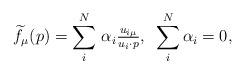
LaTeX: \begin{align*}\widetilde{f}_\mu(p) = \sum \limits_{i}^{N} \, \alpha_i {\textstyle\frac{u_{i\mu}}{u_i \cdot p}}, \,\,\,\sum \limits_{i}^{N} \alpha_i = 0,\end{align*}